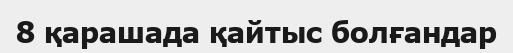
8 қарашада қайтыс болғандар